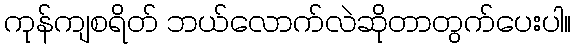
ကုန်ကျစရိတ် ဘယ်လောက်လဲဆိုတာတွက်ပေးပါ။